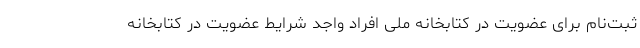
ثبت‌نام برای عضویت در کتابخانه ملی افراد واجد شرایط عضویت در کتابخانه